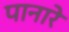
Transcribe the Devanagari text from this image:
पानारे